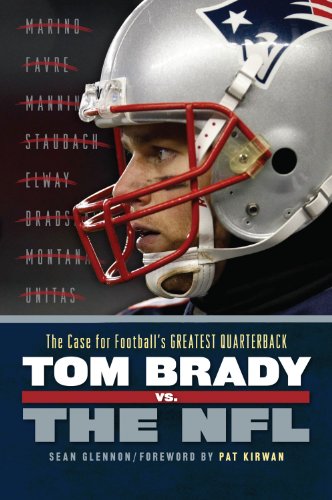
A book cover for Tom Brady vs. the NFL: The Case for Football's Greatest Quarterback; Sean Glennon; Biographies & Memoirs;